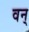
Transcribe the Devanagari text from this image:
वन्